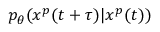
p _ { \theta } ( x ^ { p } ( t + \tau ) | x ^ { p } ( t ) )